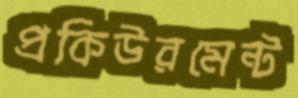
প্রকিউরমেন্ট